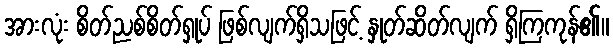
အားလုံး စိတ်ညစ်စိတ်ရှုပ် ဖြစ်လျက်ရှိသဖြင့် နှုတ်ဆိတ်လျက် ရှိကြကုန်၏။